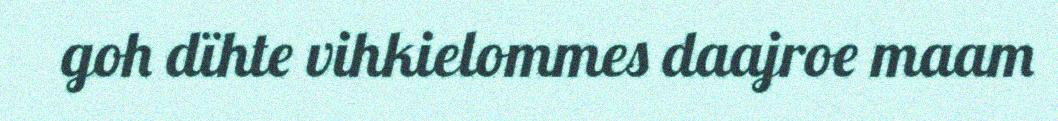
goh dïhte vihkielommes daajroe maam